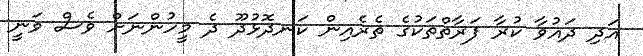
އަދި ދައުވާ ކުރާ ފަރާތްތަކުގެ ތެރެއިން ކަނދޮޅުދޫ ދެ މީހުންނަށް ވެސް ވަނީ